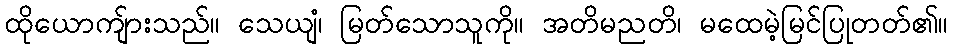
ထိုယောကျ်ားသည်။ သေယျံ၊ မြတ်သောသူကို။ အတိမညတိ၊ မထေမဲ့မြင်ပြုတတ်၏။